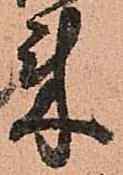
来